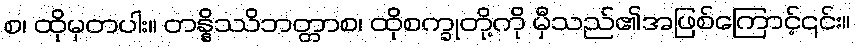
စ၊ ထိုမှတပါး။ တန္နိဿိဘတ္တာစ၊ ထိုစက္ခုတို့ကို မှီသည်၏အဖြစ်ကြောင့်၎င်း။